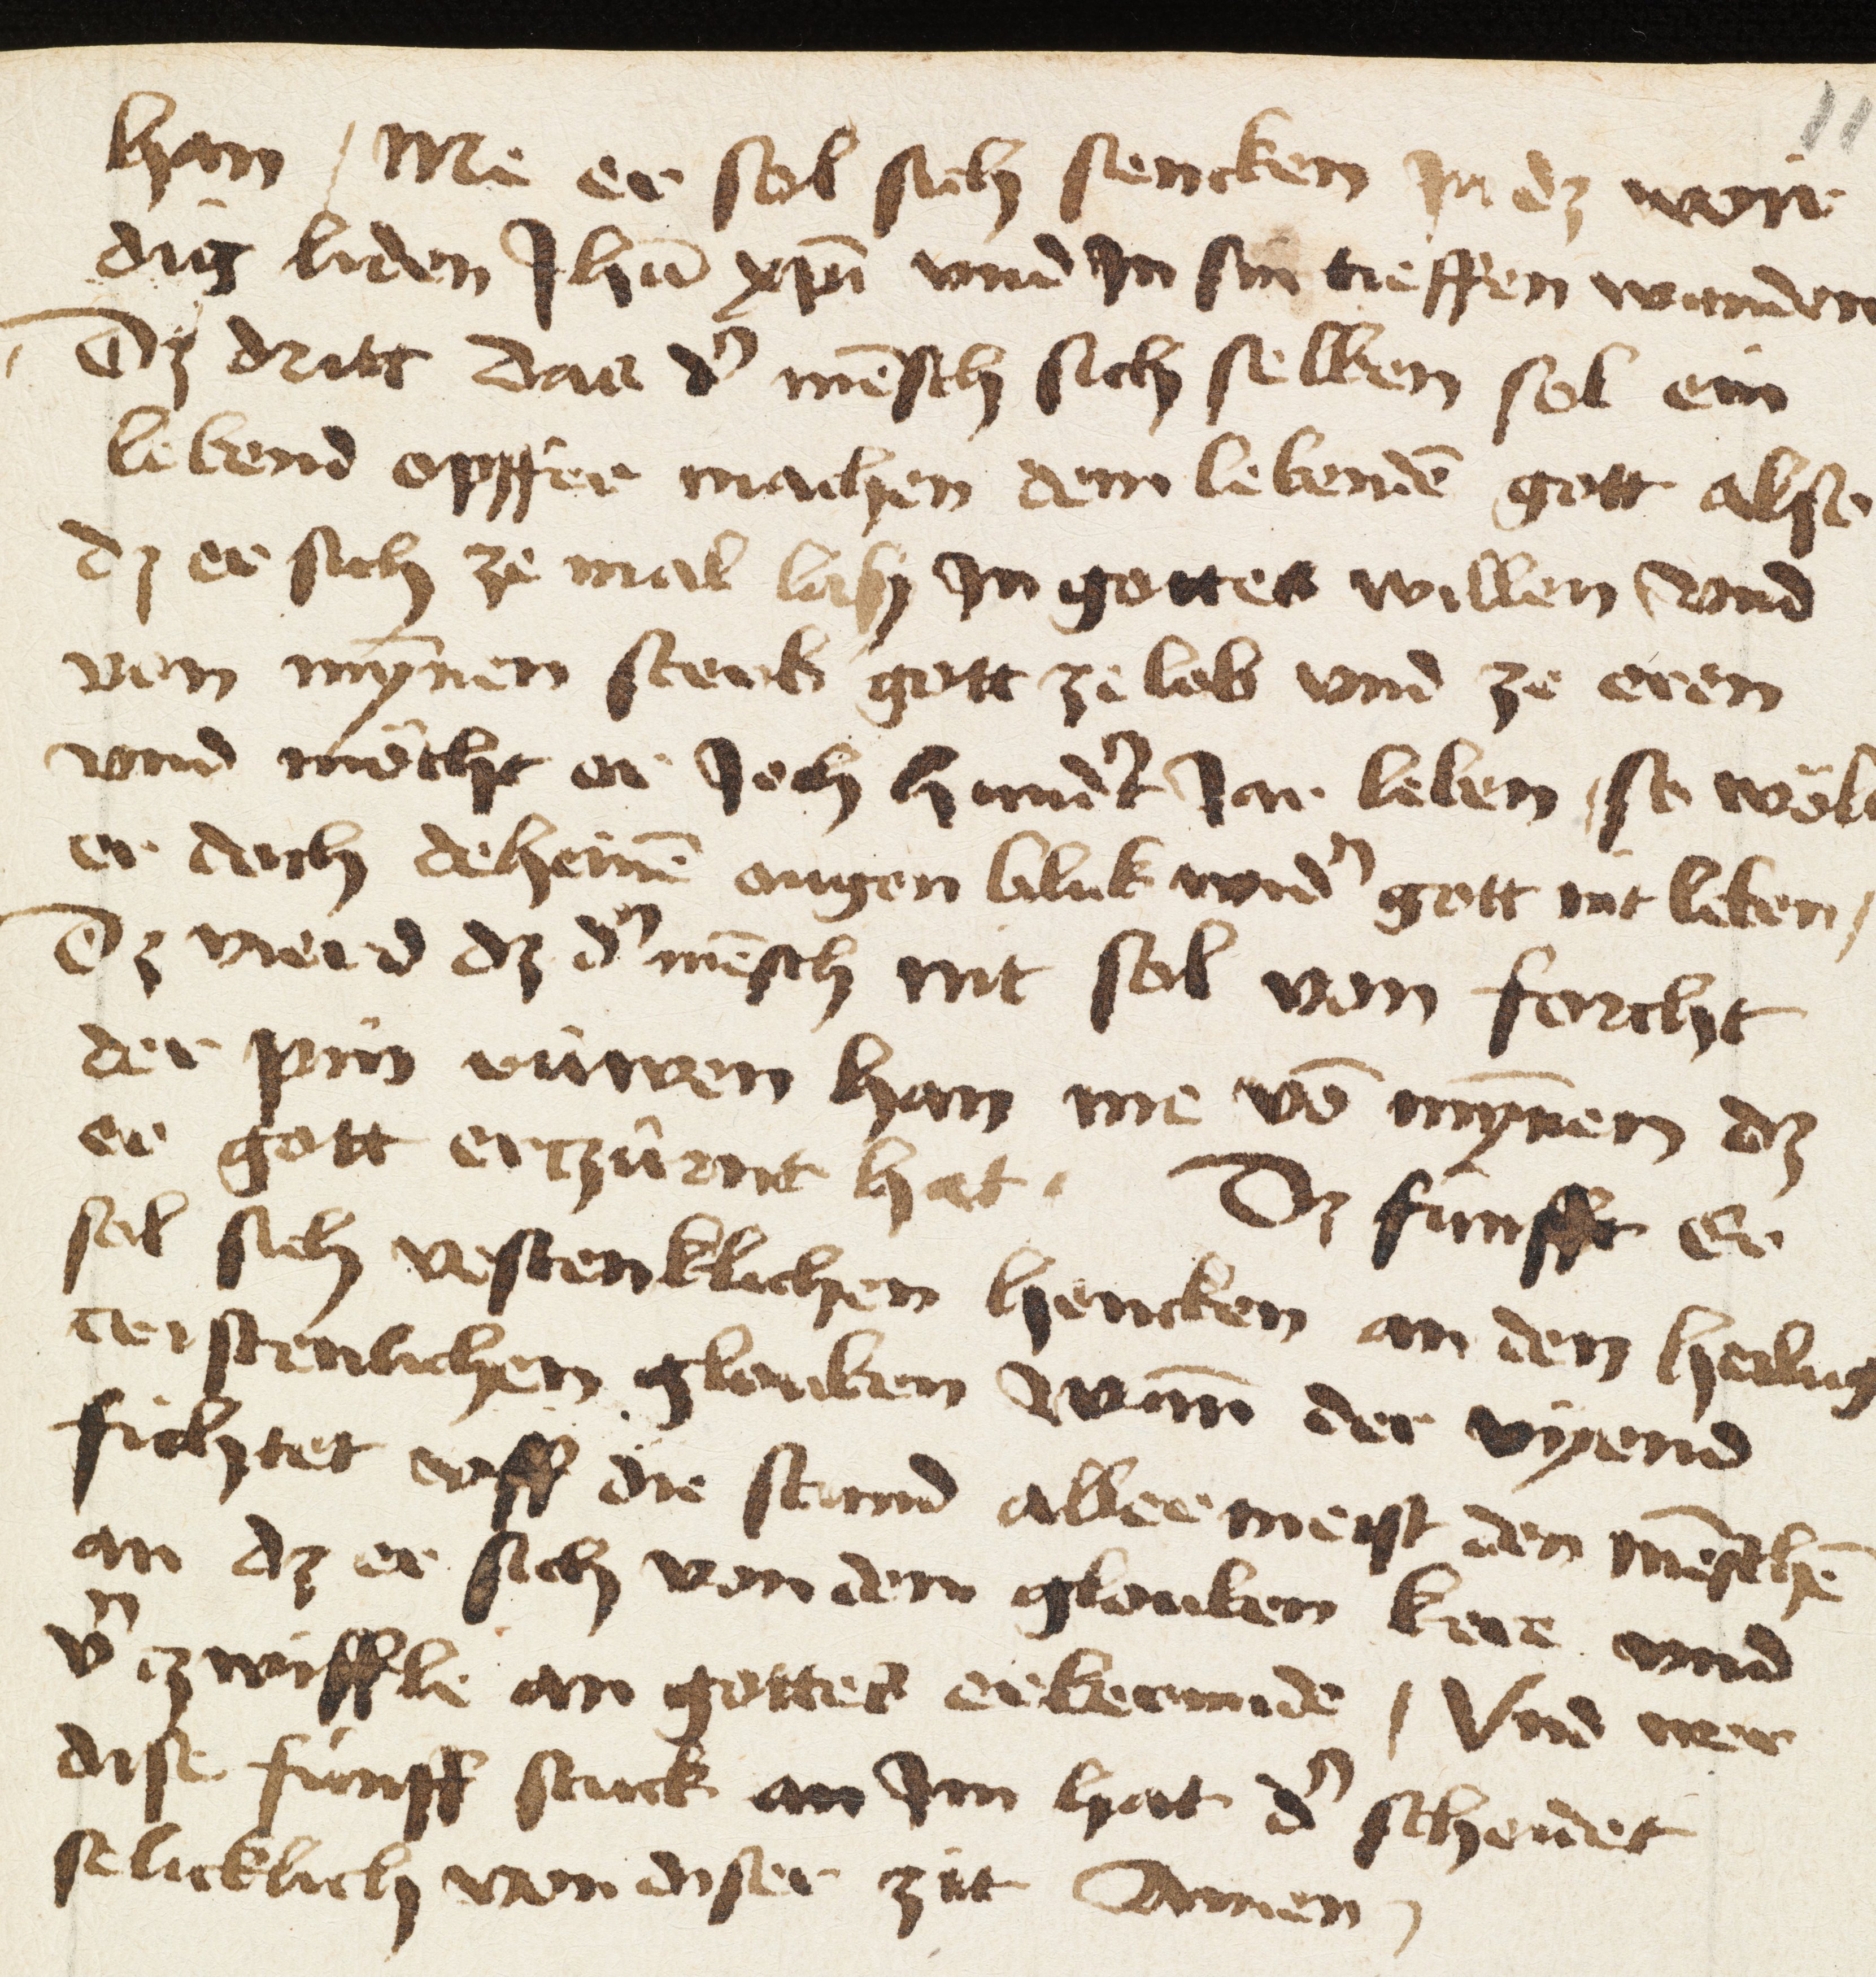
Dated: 1475–1499